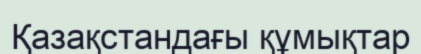
Қазақстандағы құмықтар